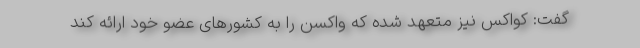
گفت: کواکس نیز متعهد شده که واکسن را به کشورهای عضو خود ارائه کند